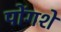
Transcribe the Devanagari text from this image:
पोंगशे